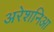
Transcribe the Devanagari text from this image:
अरेशनिआ